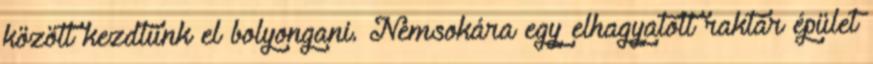
között kezdtünk el bolyongani. Nemsokára egy elhagyatott raktár épület